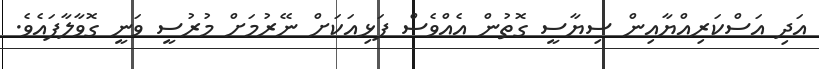
އަދި އަސްކަރިއްޔާއިން ސިޔާސީ ގޮތުން އެއްވެސް ފަޅިއަކަށް ނޭރުމަށް މުރުސީ ވަނީ ގޮވާލާފައެވެ.